Karksi_vallavalitsus, lk 109
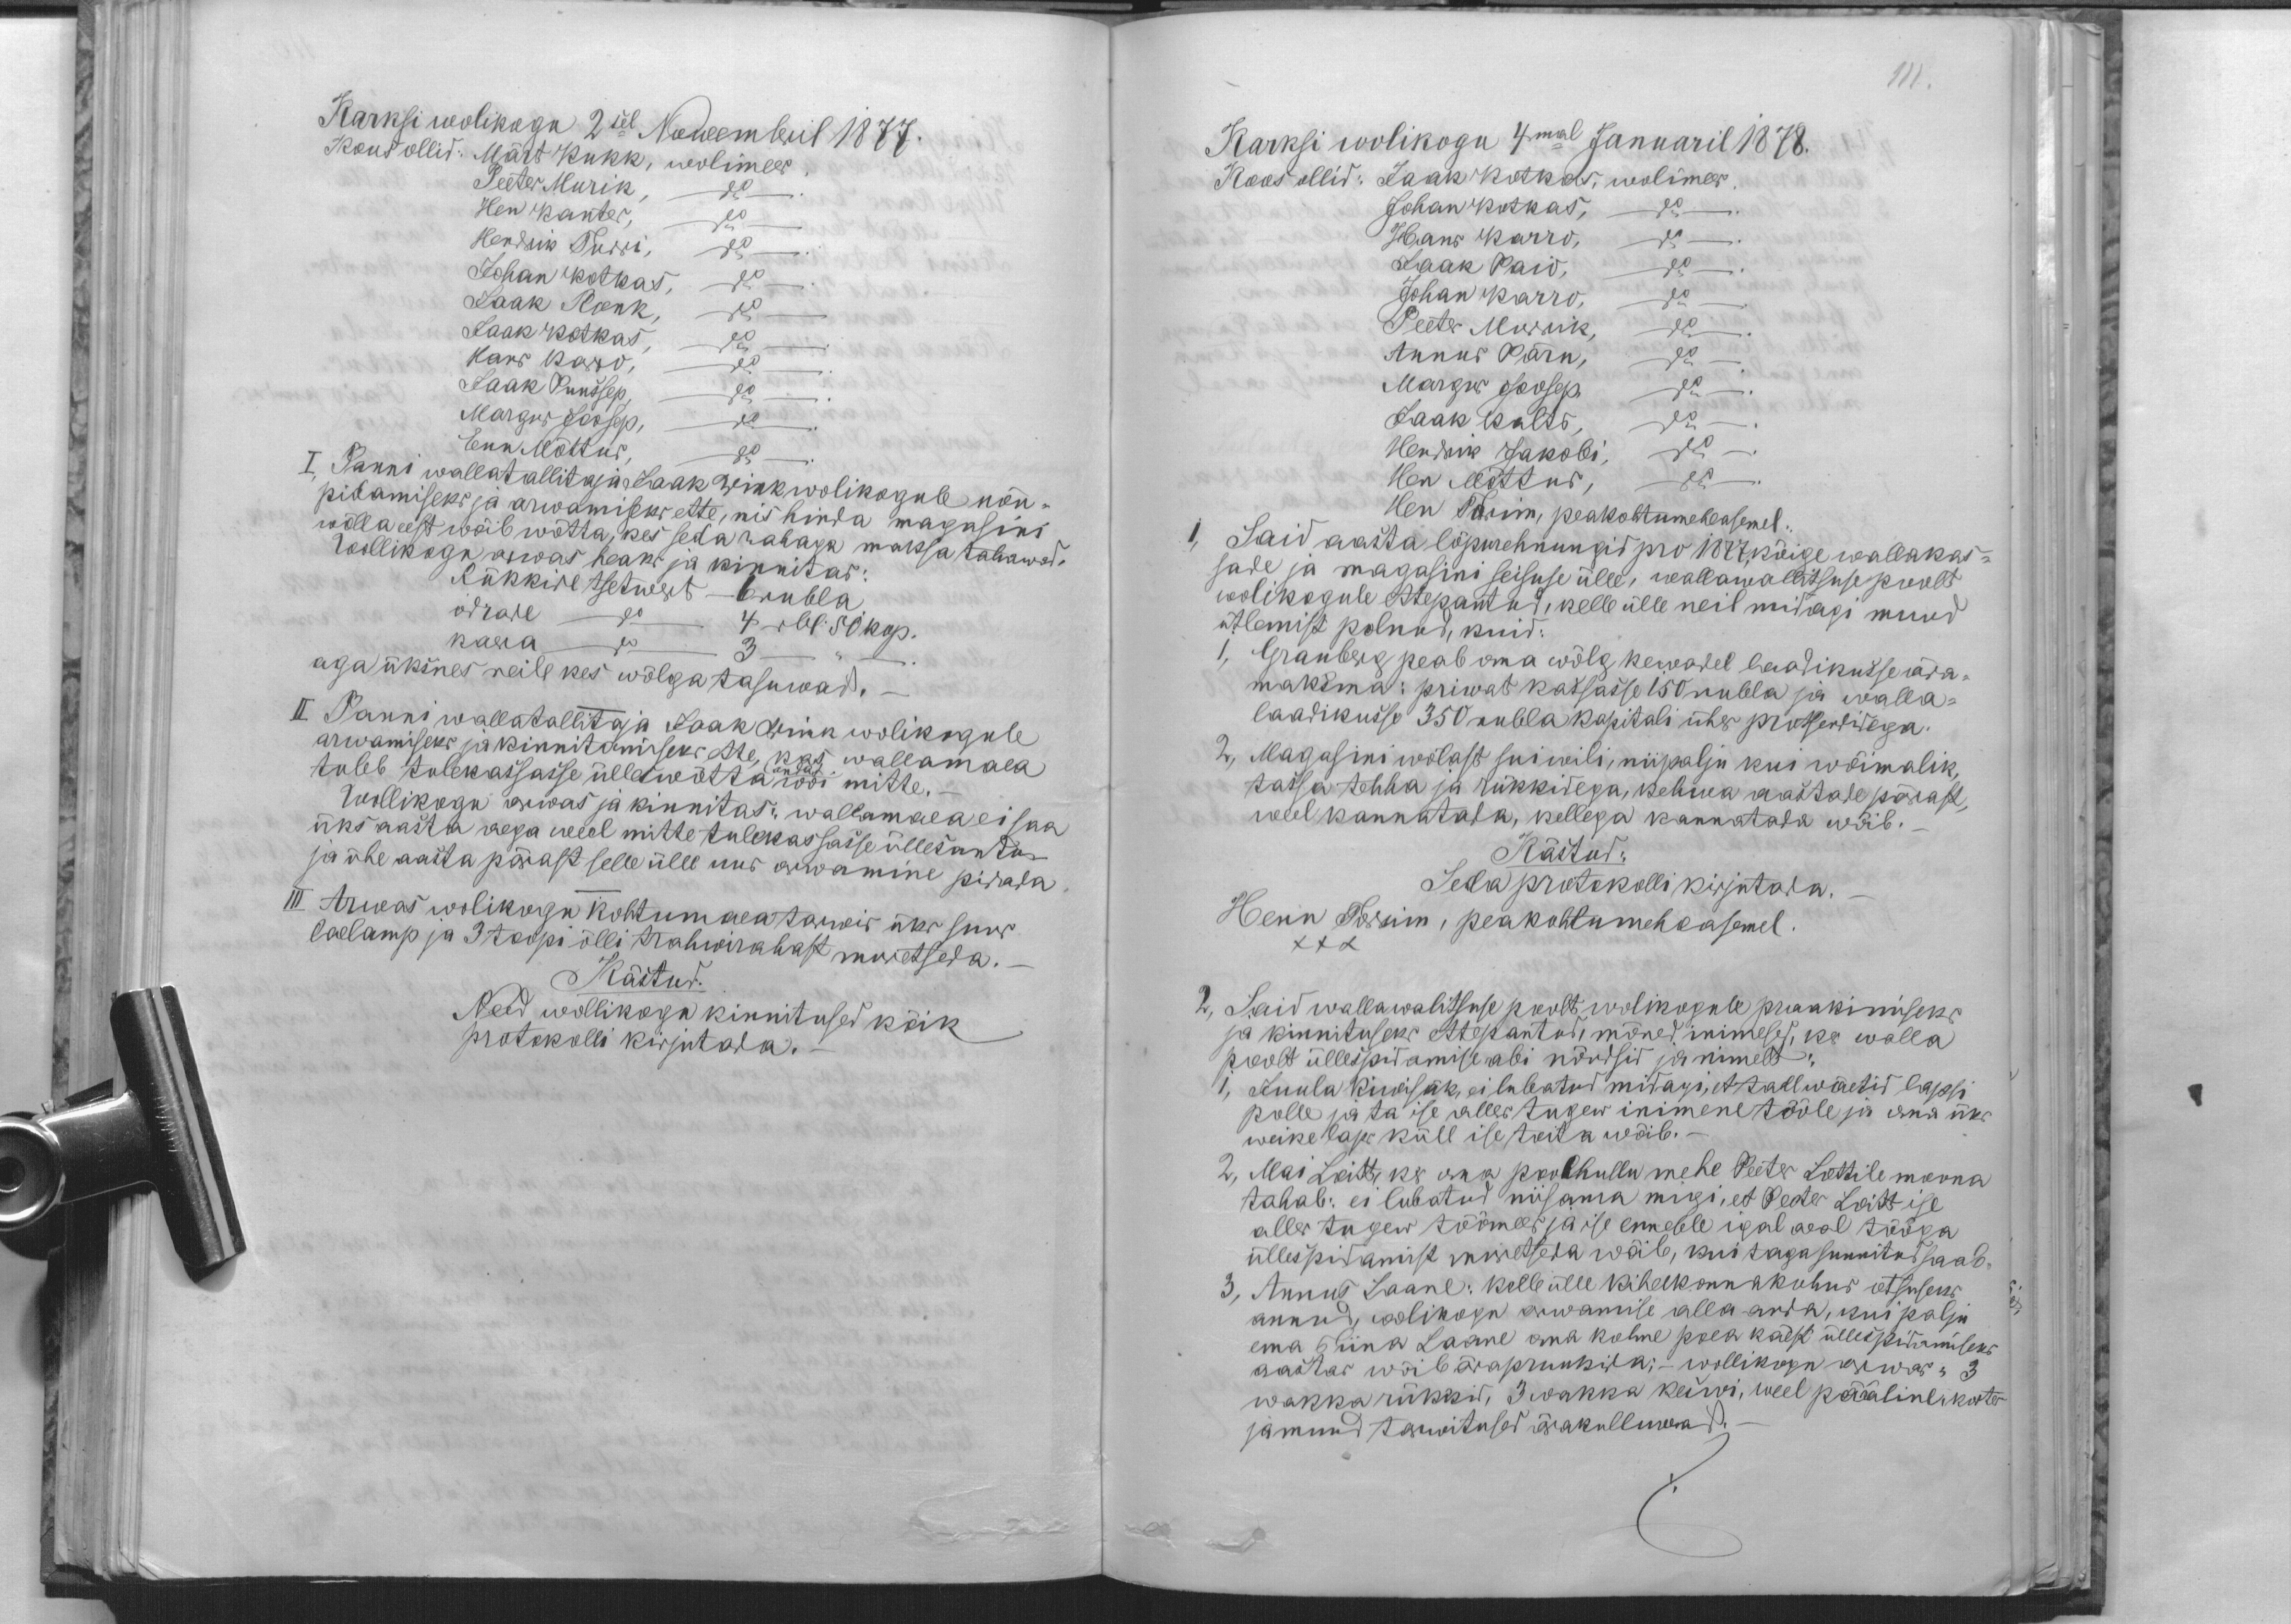
Karksi wolikogu 2sel Nowembril 1877.
Kous ollid: Märt Kukk, wolimees.
Peeter Murik, do.
Hen Kanter, do
Hendrik Turri, do.
Johan Kotkas, do.
Jaak Ronk, do
Jaak Kotkas, do.
Hans Karro, do.
Jaak Puussep, do.
Margus Joosep, do.
Enn Mõttus, do.
I, Panni wallatallitaja Jaak Wink wolikogule nõu-
pidamiseks ja arwamiseks ette, mis hinda magasini
wõlla eest võib wõtta, kes seda rahaga maksa tahawad.
Wollikogu arwas heaks ja kinnitas:
Rükkide tsetwert - 6 rubla.
odrade do 4 rbl. 50 kop.
kaera do 3 do.
aga üksnes neile kes wõlga tasuwad. -
I. Panni wallatallitaja Jaak Wink wolikogule
arwamiseks ja kinnitamiseks ette, kas wallamaea
andat
tuleb tulekassasse ülleswõtta wõi mitte.-
Wollikogu arwas ja kinnitas: wallamaea ei saa
üks aasta aega weel mitte tulekassasse üllesanta
ja ühe aasta pärast selle ülle uus arwamine pidada
III Arwas wolikogu kohtumaea tarwis üks suur
laelamp ja 3 toopi õlli trahwirahast muretseda. -
Kästud:
Need wollikogu kinnitused kõik
protokolli kirjutada. -

111.
Karksi wolikogu 4mal Januaril 1878.
Koos ollid: Jaak Kotkas, wolimees.
Johan Kotkas, do
Hans Karro, do
Jaak Paio, do.
Johan Karro, do.
Peeter Murrik, do.
Annus Pärn, do
Margus Joosep, do.
Jaak Kalts, do
Hendrik Jakobi, do
Hen Mõttus, do.
Hen Torim, peakohtumeheasemel.
1, Said aasta lõpurehnungid pro 1877, kõige wallakas-
sade ja magasini seisuse ülle, wallawallitsuse poolt
wolikogule ettepantud, kelle ülle neil midagi muud
ütlemist polnud, kuid
1, Granberg peab oma wõlg kewadel laadikusse ära-
maksma: priwat kassasse 150 rubla ja walla-
laadikusse 350 rubla kapitali ühes protsendidega.
2, Magasini wõlast sui wili, niipalju kui wõimalik,
tassa tehha ja rükkidega, kehwa aastade pärast,
weel kannatada, kellega kannatada wõib.-
Kästud:
Seda protokolli kirjutada.
Henn Torrim, peakohtumeheasemel
XXX
2, Said wallawalitsuse poolt wolikogule praakimiseks
ja kinnituseks ettepantud, mõned inimesed, kes walla
poolt üllespidamise abi nõudsid ja nimelt
1, Juula Kiwisäk, ei lubatud midagi, et tall wäetid lapsi
polle ja ta ise alles tugew inimene tööle ja oma üks
weike laps küll ise toita wõib.-
2, Mai Loitt, kes oma poolhullu mehe Peeter Lottile moona
tahab: ei lubatud niisama migi, et Peeter Loitt ise
alles tugew töömees ja ise ennesele igal aeal tööga
üllespidamist muretseda wõib, kui taga sunnitud saab.
3, Annus Laane: kelle ülle kihelkonnakohus otsuseks
annud, wolikogu arwamise alla anda, kui palju
ema Tiina Laane oma kolme poea käest üllespidamiseks
aastas wõib ärapruukida; - wollikogu arwas: 3
wakka rükkid, 3 wakka keswi, weel pääline korter
ja muud tarwitused ärakulluwad.